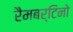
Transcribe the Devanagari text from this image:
रैमबर्टिनो